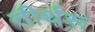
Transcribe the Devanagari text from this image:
तीर्थरू